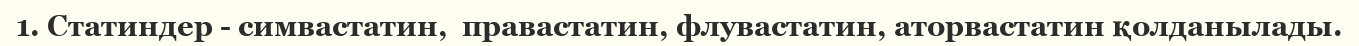
1. Статиндер - симвастатин,  правастатин, флувастатин, аторвастатин қолданылады.